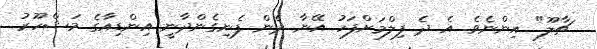
ޗާލޫ" އިންނެވެ. އެ ދެ ފިލްމަށްފަހު އޭނާ ދެން ފެނިގެންދާނީ އިންޑިއާގެ މަޝްހޫރު